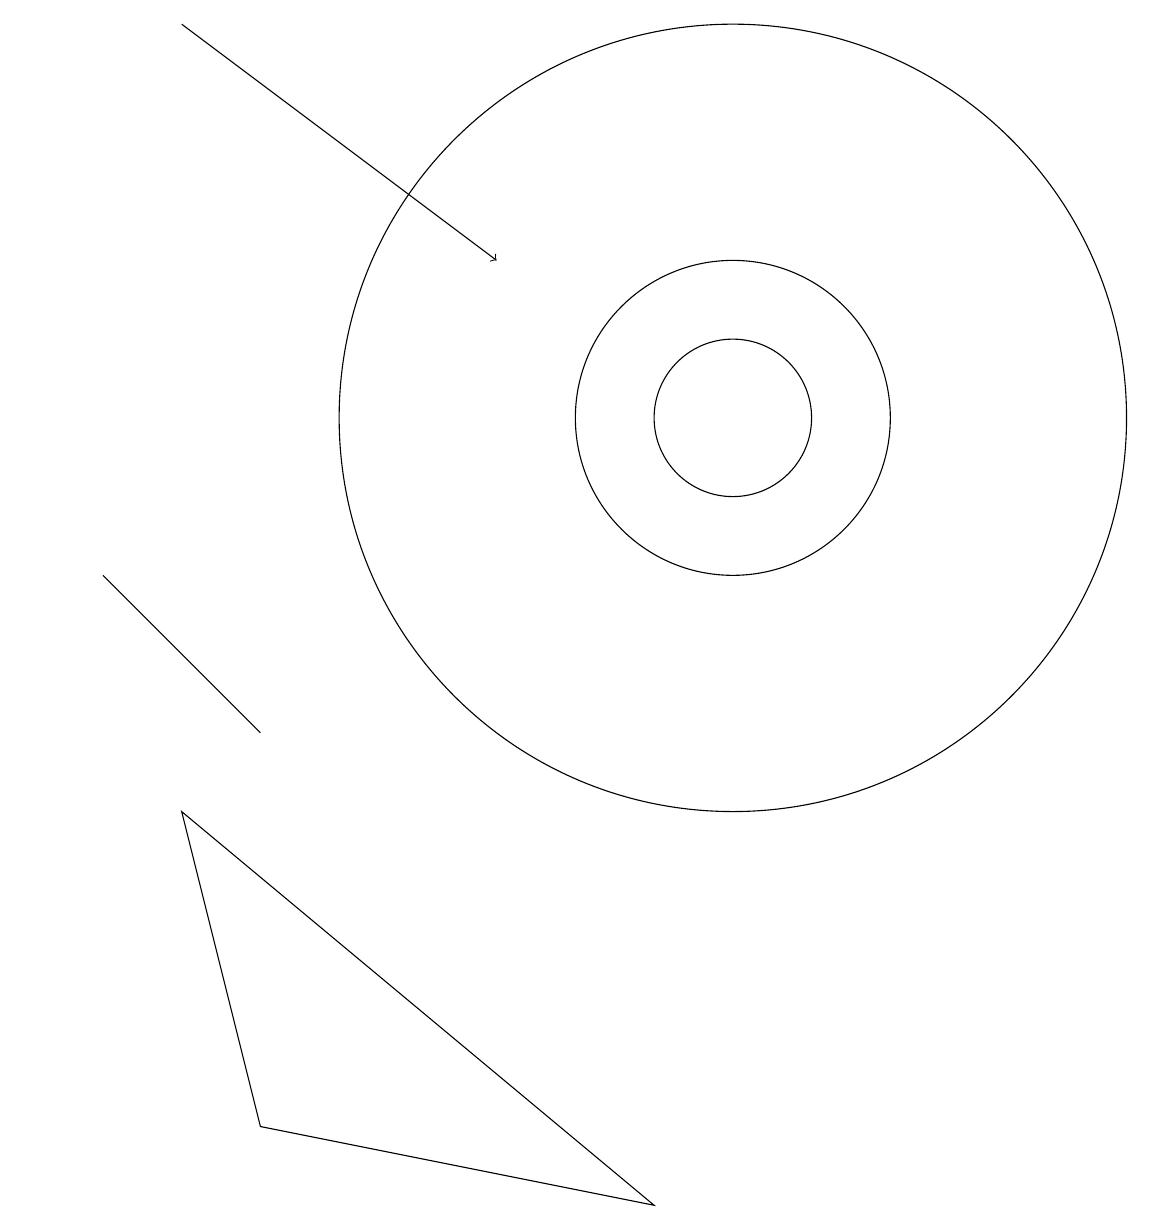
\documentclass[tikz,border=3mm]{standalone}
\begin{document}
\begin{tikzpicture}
\draw (11,11) circle (0);
\draw (10,11) circle (1);
\draw[->] (3,16) -- (7,13);
\draw (10,11) circle (5);
\draw (4,7) -- (2,9) -- (3,8) -- cycle;
\draw (1,11) rectangle (1,11);
\draw (10,11) circle (2);
\draw (3,6) -- (9,1) -- (4,2) -- cycle;
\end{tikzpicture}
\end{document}